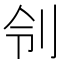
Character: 刢